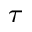
_ { \tau }